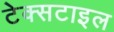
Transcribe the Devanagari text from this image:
टेक्‍सटाइल